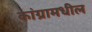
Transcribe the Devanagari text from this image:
कांग्रामधील